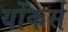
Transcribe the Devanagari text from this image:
योंकर्स